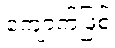
ကျောက်ဖြစ်